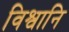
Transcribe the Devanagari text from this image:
विश्वानि